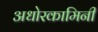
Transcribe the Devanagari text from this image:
अधोरकामिनी